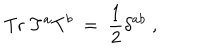
\mathrm { T r } \; T ^ { a } T ^ { b } ~ = ~ \frac { 1 } { 2 } \delta ^ { a b } \; ,